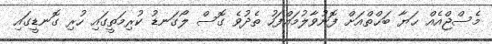
މެސްޖްއެއް ޙަޔާ ބަޙްތްއަށް ފޮނުވާލުމައްފަހު ތެދުވެ ގޮސް ލޯގަނޑު ކުރިމަތީގައި ހުރި ގޮނޑީގައި